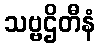
သဗ္ဗဌိတီနံ